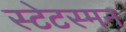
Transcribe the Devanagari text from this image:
स्टेटस्मन